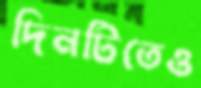
দিনটিতেও